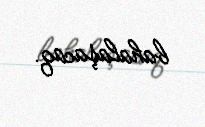
bahalaşacaq.